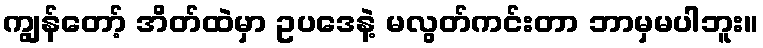
ကျွန်တော့် အိတ်ထဲမှာ ဥပဒေနဲ့ မလွတ်ကင်းတာ ဘာမှမပါဘူး။